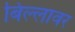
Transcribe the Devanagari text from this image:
बिल्लावर